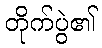
တိုက်ပွဲ၏